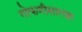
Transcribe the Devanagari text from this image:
गोफणीसारखा